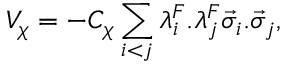
V _ { \chi } = - C _ { \chi } \sum _ { i < j } \lambda _ { i } ^ { F } . \lambda _ { j } ^ { F } \vec { \sigma } _ { i } . \vec { \sigma } _ { j } ,